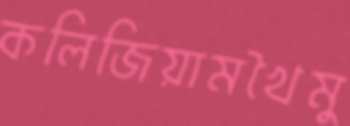
কলিজিয়ামখৈমু